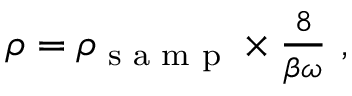
\begin{array} { r } { \rho = \rho _ { \textrm { s a m p } } \times \frac { 8 } { \beta \omega } \mathrm { ~ , ~ } } \end{array}